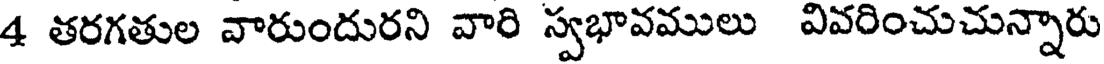
4 తరగతుల వారుందురని వారి స్వభావములు వివరించుచున్నారు